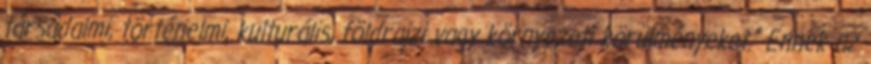
társadalmi, történelmi, kulturális, földrajzi vagy környezeti körülményeket.” Ennek az